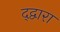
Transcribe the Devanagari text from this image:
द्द्वारा